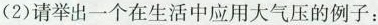
(2)请举出一个在生活中应用大气压的例子：